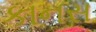
કાનસ